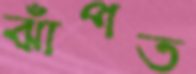
ঝাঁপত